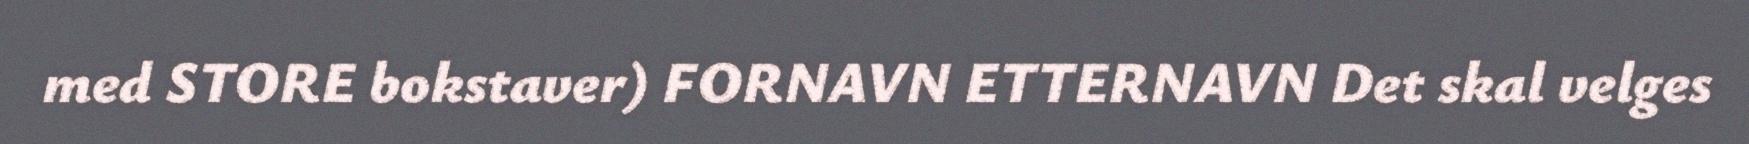
med STORE bokstaver) FORNAVN ETTERNAVN Det skal velges